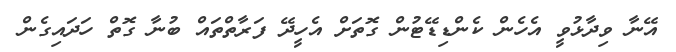
އޭނާ ވިދާޅުވީ އެހެން ކެންޑިޑޭޓުން ގޮތަށް އެހީދޭ ފަރާތްތައް ބުނާ ގޮތް ހަދައިގެން